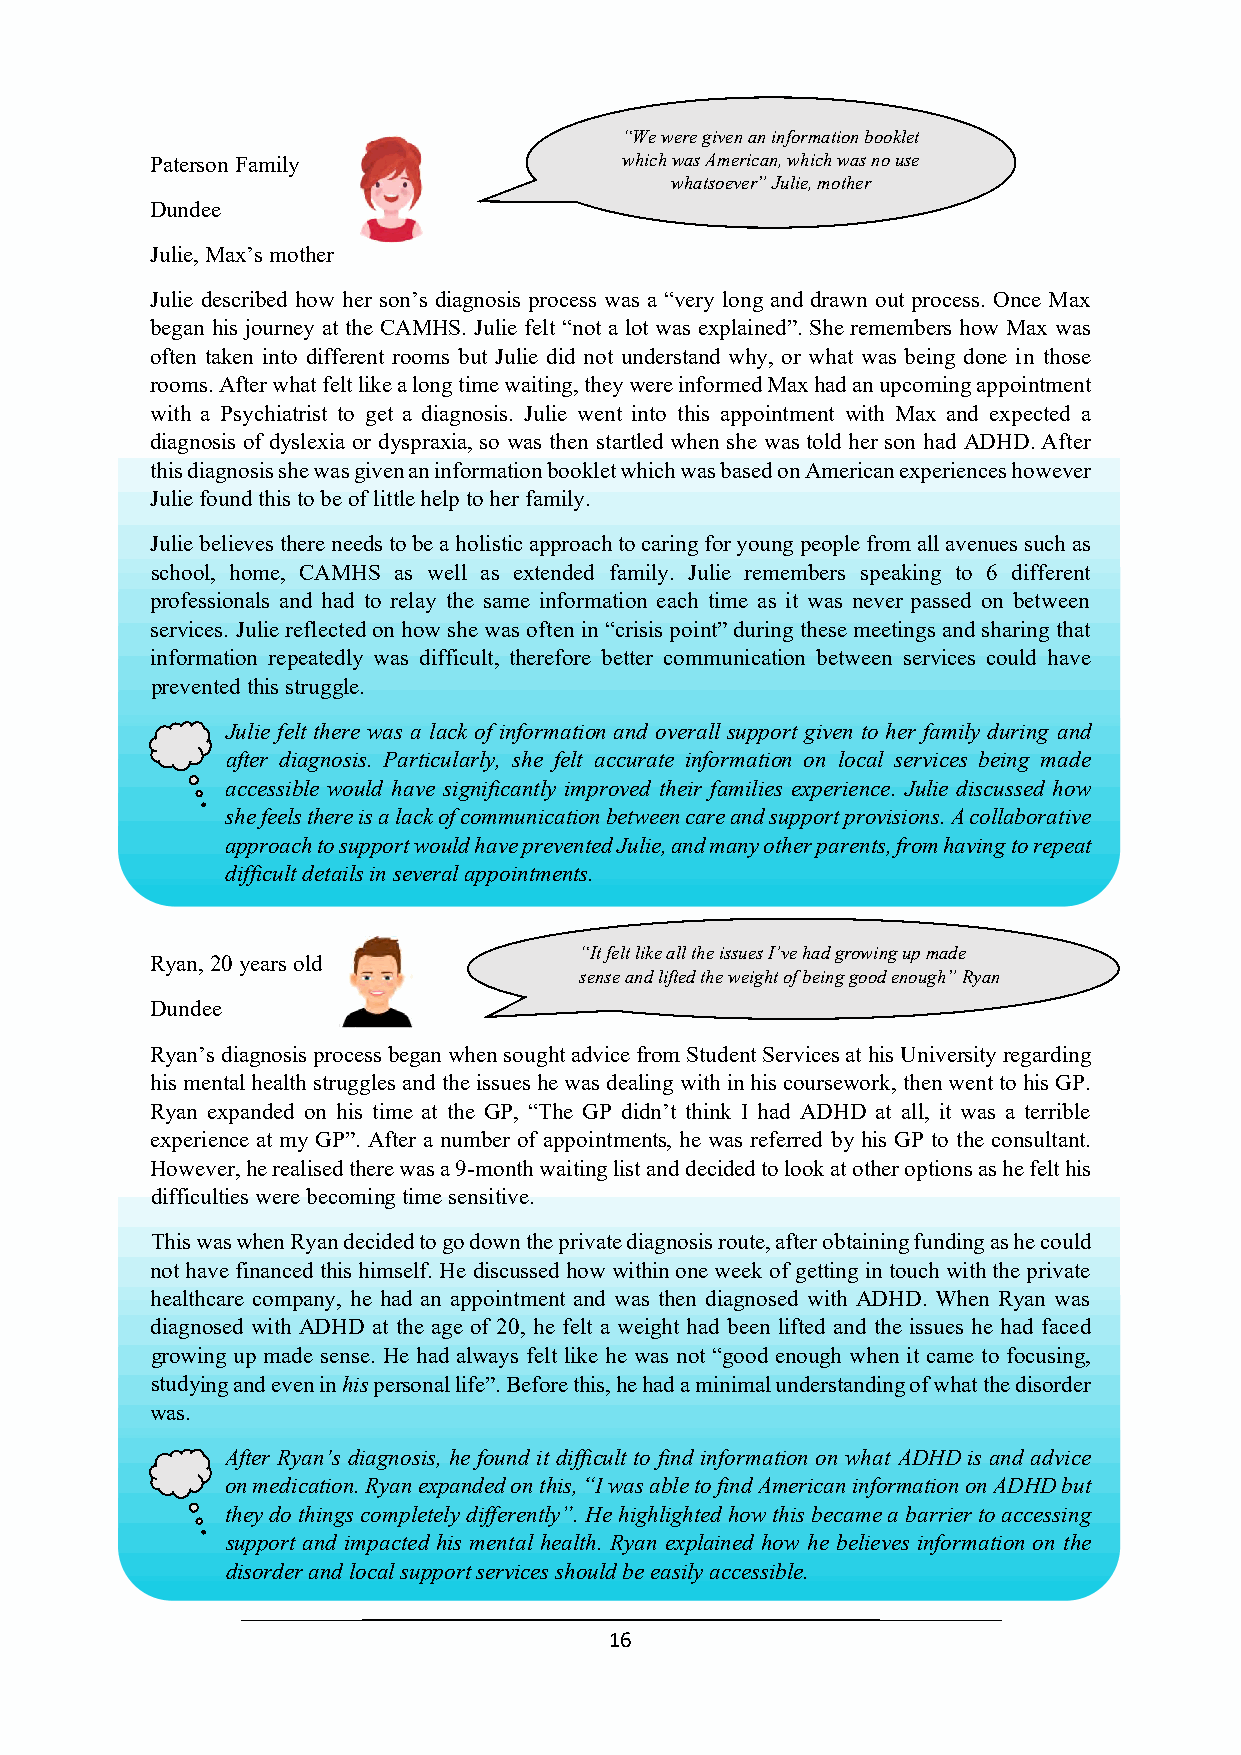
“We were given an information booklet
 Paterson Family                which was American, which was no use
 whatsoever” Julie, mother
 Dundee
 Julie, Max’s mother
 Julie described how her son’s diagnosis process was a “very long and drawn out process. Once Max
 began his journey at the CAMHS. Julie felt “not a lot was explained”. She remembers how Max was
 often taken into different rooms but Julie did not understand why, or what was being done in those
 rooms. After what felt like a long time waiting, they were informed Max had an upcoming appointment
 with a Psychiatrist to get a diagnosis. Julie went into this appointment with Max and expected a
 diagnosis of dyslexia or dyspraxia, so was then startled when she was told her son had ADHD. After
 this diagnosis she was given an information booklet which was based on American experiences however
 Julie found this to be of little help to her family.
 Julie believes there needs to be a holistic approach to caring for young people from all avenues such as
 school, home, CAMHS as well as extended family. Julie remembers speaking to 6 different
 professionals and had to relay the same information each time as it was never passed on between
 services. Julie reflected on how she was often in “crisis point” during these meetings and sharing that
 information repeatedly was difficult, therefore better communication between services could have
 prevented this struggle.
 Julie felt there was a lack of information and overall support given to her family during and
 after diagnosis. Particularly, she felt accurate information on local services being made
 accessible would have significantly improved their families experience. Julie discussed how
 she feels there is a lack of communication between care and support provisions. A collaborative
 approach to support would have prevented Julie, and many other parents, from having to repeat
 difficult details in several appointments.
 “It felt like all the issues I’ve had growing up made
 Ryan, 20 years old
 sense and lifted the weight of being good enough” Ryan
 Dundee
 Ryan’s diagnosis process began when sought advice from Student Services at his University regarding
 his mental health struggles and the issues he was dealing with in his coursework, then went to his GP.
 Ryan expanded on his time at the GP, “The GP didn’t think I had ADHD at all, it was a terrible
 experience at my GP”. After a number of appointments, he was referred by his GP to the consultant.
 However, he realised there was a 9-month waiting list and decided to look at other options as he felt his
 difficulties were becoming time sensitive.
 This was when Ryan decided to go down the private diagnosis route, after obtaining funding as he could
 not have financed this himself. He discussed how within one week of getting in touch with the private
 healthcare company, he had an appointment and was then diagnosed with ADHD. When Ryan was
 diagnosed with ADHD at the age of 20, he felt a weight had been lifted and the issues he had faced
 growing up made sense. He had always felt like he was not “good enough when it came to focusing,
 studying and even in his personal life”. Before this, he had a minimal understanding of what the disorder
 was.
 After Ryan’s diagnosis, he found it difficult to find information on what ADHD is and advice
 on medication. Ryan expanded on this, “I was able to find American information on ADHD but
 they do things completely differently”. He highlighted how this became a barrier to accessing
 support and impacted his mental health. Ryan explained how he believes information on the
 disorder and local support services should be easily accessible.
 16